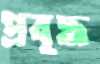
প্রবৃদ্ধ